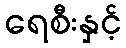
ရေစီးနှင့်